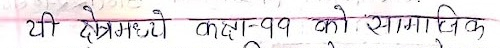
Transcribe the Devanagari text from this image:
यी क्षेत्रहरु कक्षा-११ को सामाजिक